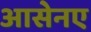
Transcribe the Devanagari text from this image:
आसेनए